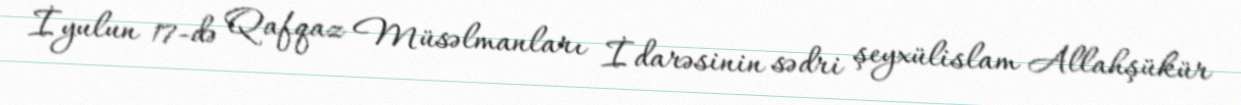
İyulun 17-də Qafqaz Müsəlmanları İdarəsinin sədri şeyxülislam Allahşükür